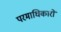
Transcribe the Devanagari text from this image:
परमाधिकारों